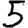
Digit: 5